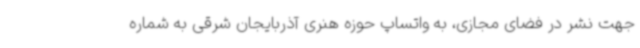
جهت نشر در فضای مجازی، به واتساپ حوزه هنری آذربایجان شرقی به شماره